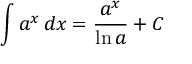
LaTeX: \int a ^ { x } \, d x = { \frac { a ^ { x } } { \ln a } } + C